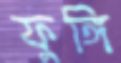
ফুঙ্গি